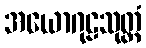
အယောဂုဠသုတ္တံ